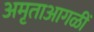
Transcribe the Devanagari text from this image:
अमृताआगळीं